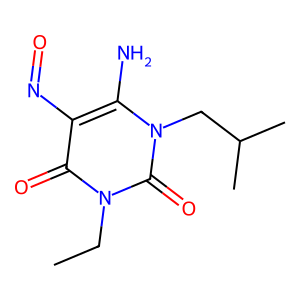
SMILES: CCn1c(=O)c(N=O)c(N)n(CC(C)C)c1=O
Inhibits HIV replication: No